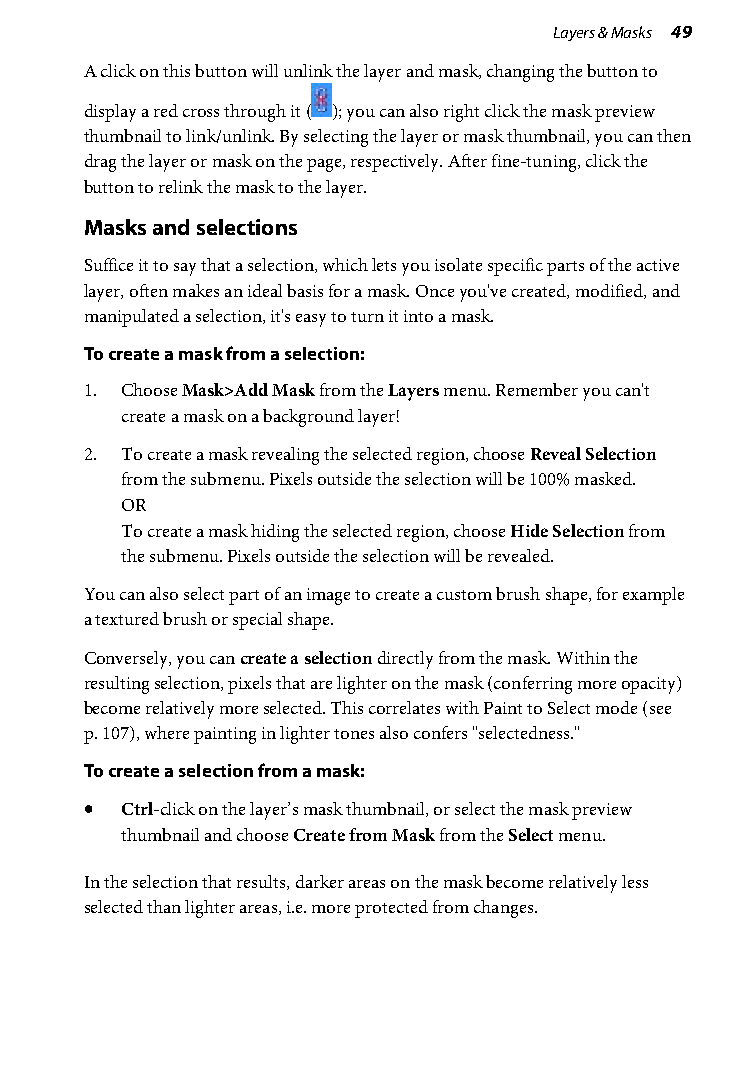
Layers & Masks 49
 A click on this button will unlink the layer and mask, changing the button to
 display a red cross through it ( ); you can also right click the mask preview
 thumbnail to link/unlink. By selecting the layer or mask thumbnail, you can then
 drag the layer or mask on the page, respectively. After fine-tuning, click the
 button to relink the mask to the layer.
 Masks and selections
 Suffice it to say that a selection, which lets you isolate specific parts of the active
 layer, often makes an ideal basis for a mask. Once you've created, modified, and
 manipulated a selection, it's easy to turn it into a mask.
 To create a mask from a selection:
 1. Choose Mask>Add Mask from the Layers menu. Remember you can't
 create a mask on a background layer!
 2. To create a mask revealing the selected region, choose Reveal Selection
 from the submenu. Pixels outside the selection will be 100% masked.
 OR
 To create a mask hiding the selected region, choose Hide Selection from
 the submenu. Pixels outside the selection will be revealed.
 You can also select part of an image to create a custom brush shape, for example
 a textured brush or special shape.
 Conversely, you can create a selection directly from the mask. Within the
 resulting selection, pixels that are lighter on the mask (conferring more opacity)
 become relatively more selected. This correlates with Paint to Select mode (see
 p. 107), where painting in lighter tones also confers "selectedness."
 To create a selection from a mask:
 • Ctrl-click on the layer’s mask thumbnail, or select the mask preview
 thumbnail and choose Create from Mask from the Select menu.
 In the selection that results, darker areas on the mask become relatively less
 selected than lighter areas, i.e. more protected from changes.